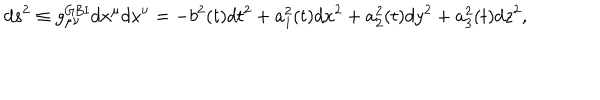
d s ^ { 2 } \equiv g _ { \mu \nu } ^ { \mathrm { G B I } } d x ^ { \mu } d x ^ { \nu } = - b ^ { 2 } ( t ) d t ^ { 2 } + { a _ { 1 } ^ { 2 } } ( t ) d x ^ { 2 } + a _ { 2 } ^ { 2 } ( t ) d y ^ { 2 } + a _ { 3 } ^ { 2 } ( t ) d z ^ { 2 } ,